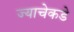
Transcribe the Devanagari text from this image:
ज्याचेकडे